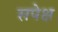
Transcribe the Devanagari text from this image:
सपेक्ष